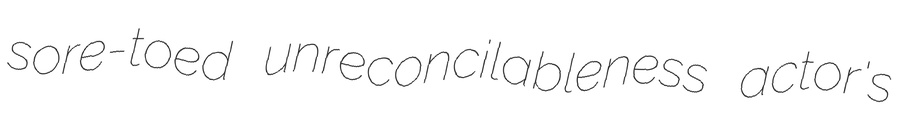
sore-toed unreconcilableness actor's